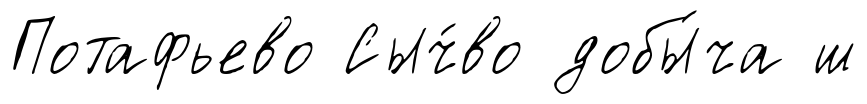
Потафьево Сыч́во добы́ча ш